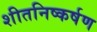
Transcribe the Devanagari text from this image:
शीतनिष्कर्षण